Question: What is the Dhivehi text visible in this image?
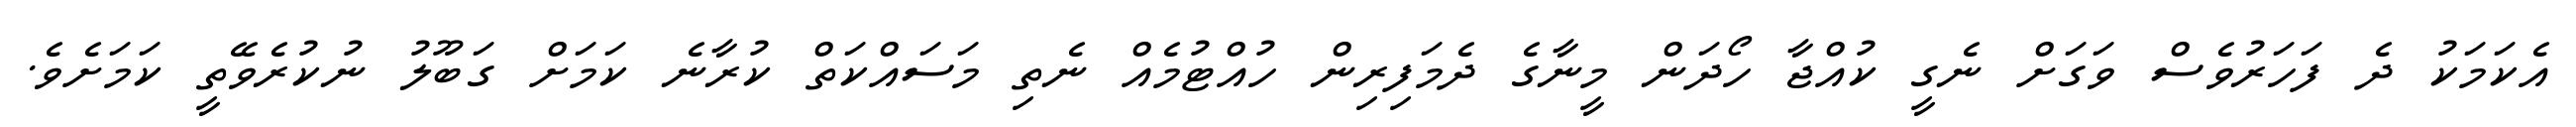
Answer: އެކަމަކު ދެ ފަހަރުވެސް ވަގަށް ނެގީ ކުއްޖާ ހޯދަން މީނާގެ ދެމަފިރިން ހުއްޓުމެއް ނެތި މަސައްކަތް ކުރާނެ ކަމަށް ގަބޫލު ނުކުރެވޭތީ ކަމަށެވެ.